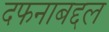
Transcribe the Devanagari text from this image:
दफनाबद्दल